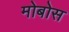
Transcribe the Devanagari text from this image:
मोबोस